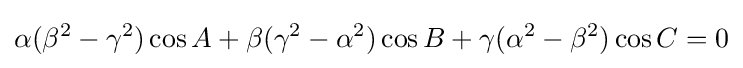
\alpha (\beta ^{2}-\gamma ^{2})\cos A+\beta (\gamma ^{2}-\alpha ^{2})\cos B+\gamma (\alpha ^{2}-\beta ^{2})\cos C=0